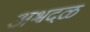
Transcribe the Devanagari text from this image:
अश्वदळ